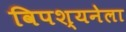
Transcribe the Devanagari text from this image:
विपश्यनेला